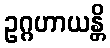
ဥဂ္ဂဟာယန္တိ